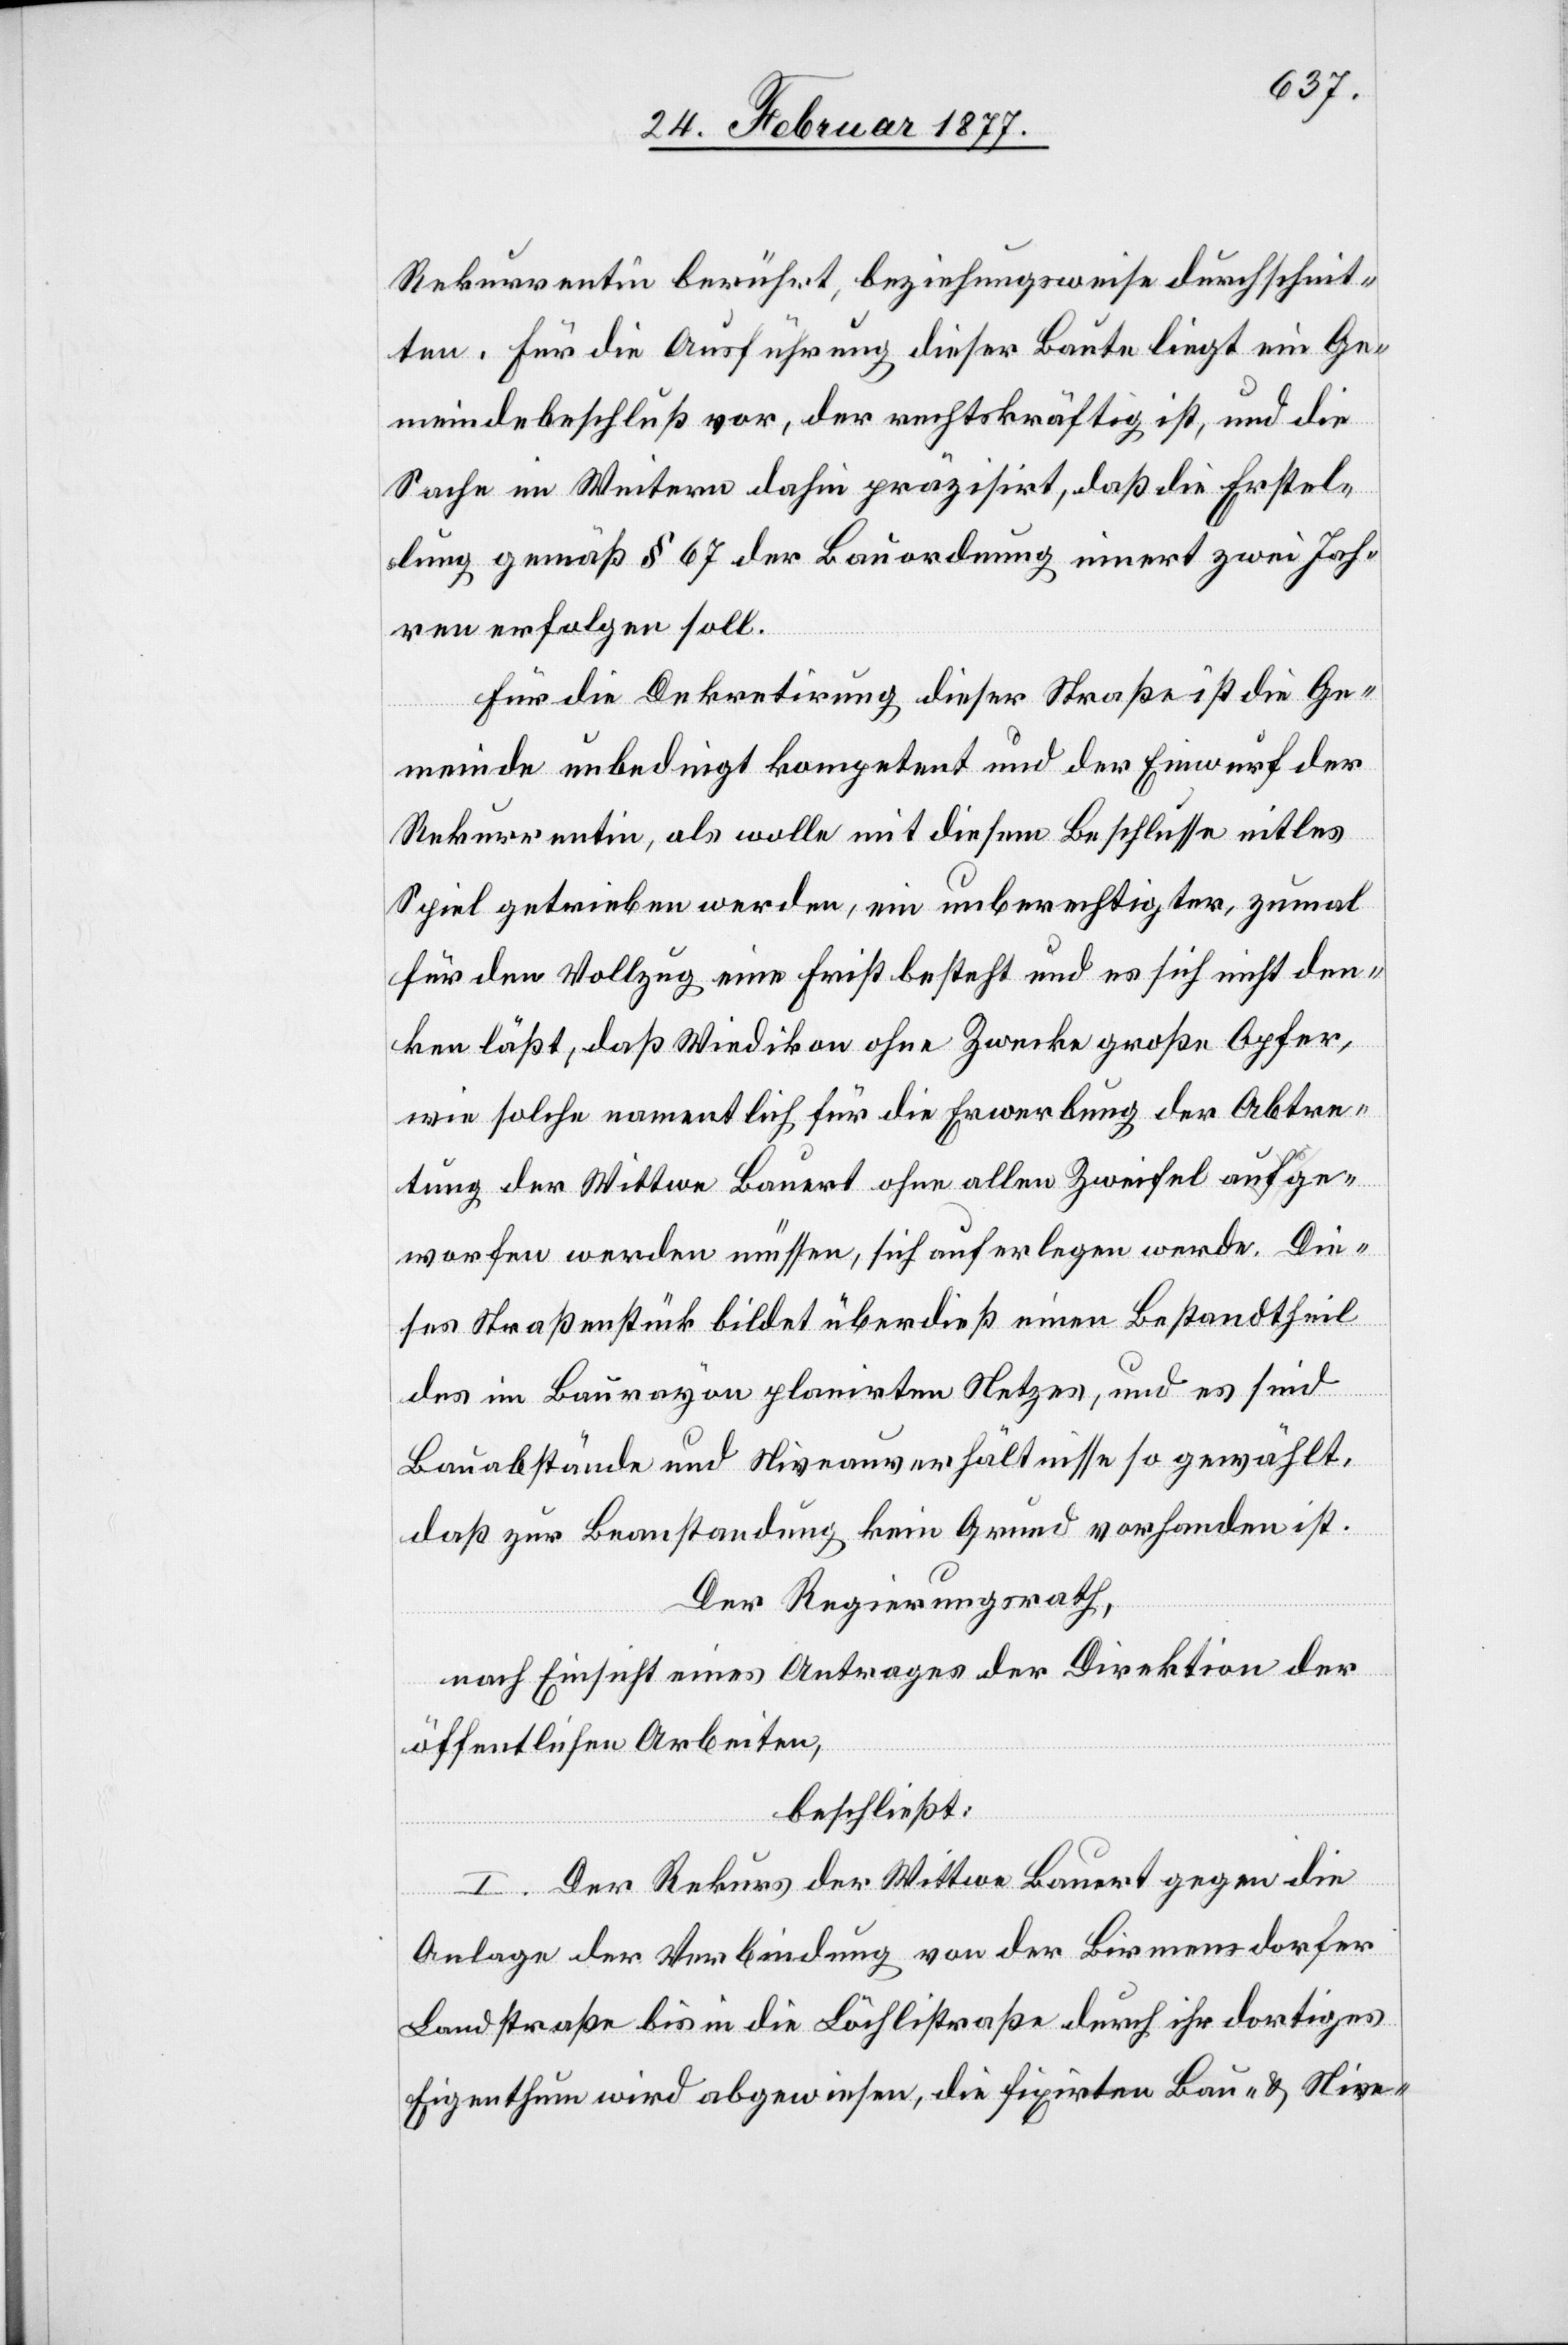
Rekurrentin berührt, beziehungsweise durchschnit¬
ten. Für die Ausführung dieser Baute liegt ein Ge¬
meindebeschluß vor, der rechtskräftig ist, und die
Sache im Weitern dahin präzisirt, daß die Erstel¬
lung gemäß § 67 der Bauordnung innert zwei Jah¬
ren erfolgen soll.
Für die Dekretirung dieser Straße ist die Ge¬
meinde unbedingt kompetent und der Einwurf der
Rekurrentin, als wolle mit diesem Beschlusse eitles
Spiel getrieben werden, ein unberechtigter, zumal
für den Vollzug eine Frist besteht und es sich nicht den¬
ken läßt, daß Wiedikon ohne Zwecke große Opfer,
wie solche namentlich für die Erwerbung der Abtre¬
tung der Wittwe Bauert ohne allen Zweifel aufge¬
worfen werden müssen, sich auferlegen werde. Die¬
ses Straßenstück bildet überdieß einen Bestandtheil
des im Baurayon planirten Netzes, und es sind
Bauabstände und Niveauverhältnisse so gewählt,
daß zur Beanstandung kein Grund vorhanden ist.
Der Regierungsrath,
nach Einsicht eines Antrages der Direktion der
öffentlichen Arbeiten,
beschließt:
I. Der Rekurs der Wittwe Bauert gegen die
Anlage der Verbindung von der Birmensdorfer
Landstraße bis in die Löchlistraße durch ihr dortiges
Eigenthum wird abgewiesen, die fixirten Bau- & Nive-